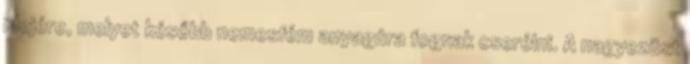
idejére, melyet később nemesfém anyagúra fognak cserélni. A nagyezüst